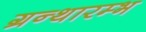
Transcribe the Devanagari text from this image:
ग्रन्थारम्भ